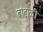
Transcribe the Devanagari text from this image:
बांडोळी